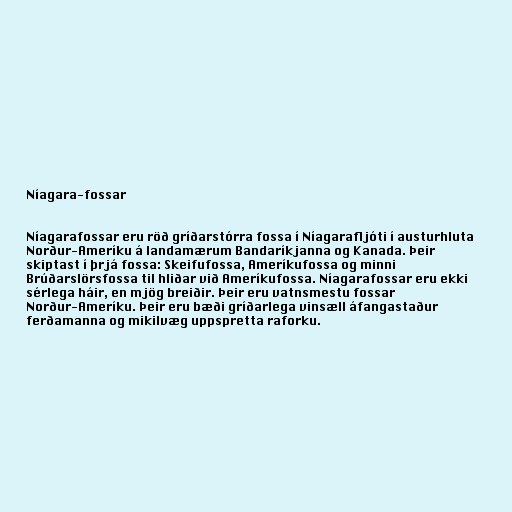
Níagara-fossar

Níagarafossar eru röð gríðarstórra fossa í Níagarafljóti í austurhluta
Norður-Ameríku á landamærum Bandaríkjanna og Kanada. Þeir
skiptast í þrjá fossa: Skeifufossa, Ameríkufossa og minni
Brúðarslörsfossa til hliðar við Ameríkufossa. Níagarafossar eru ekki
sérlega háir, en mjög breiðir. Þeir eru vatnsmestu fossar
Norður-Ameríku. Þeir eru bæði gríðarlega vinsæll áfangastaður
ferðamanna og mikilvæg uppspretta raforku.